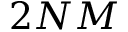
2 N M